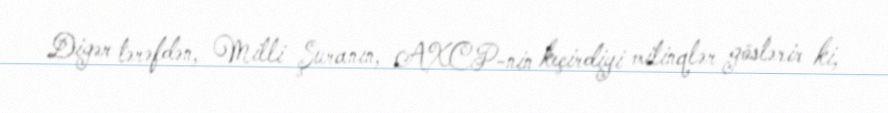
Digər tərəfdən, Milli Şuranın, AXCP-nin keçirdiyi mitinqlər göstərir ki,